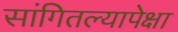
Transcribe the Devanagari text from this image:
सांगितल्यापेक्षा